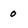
Character: 0